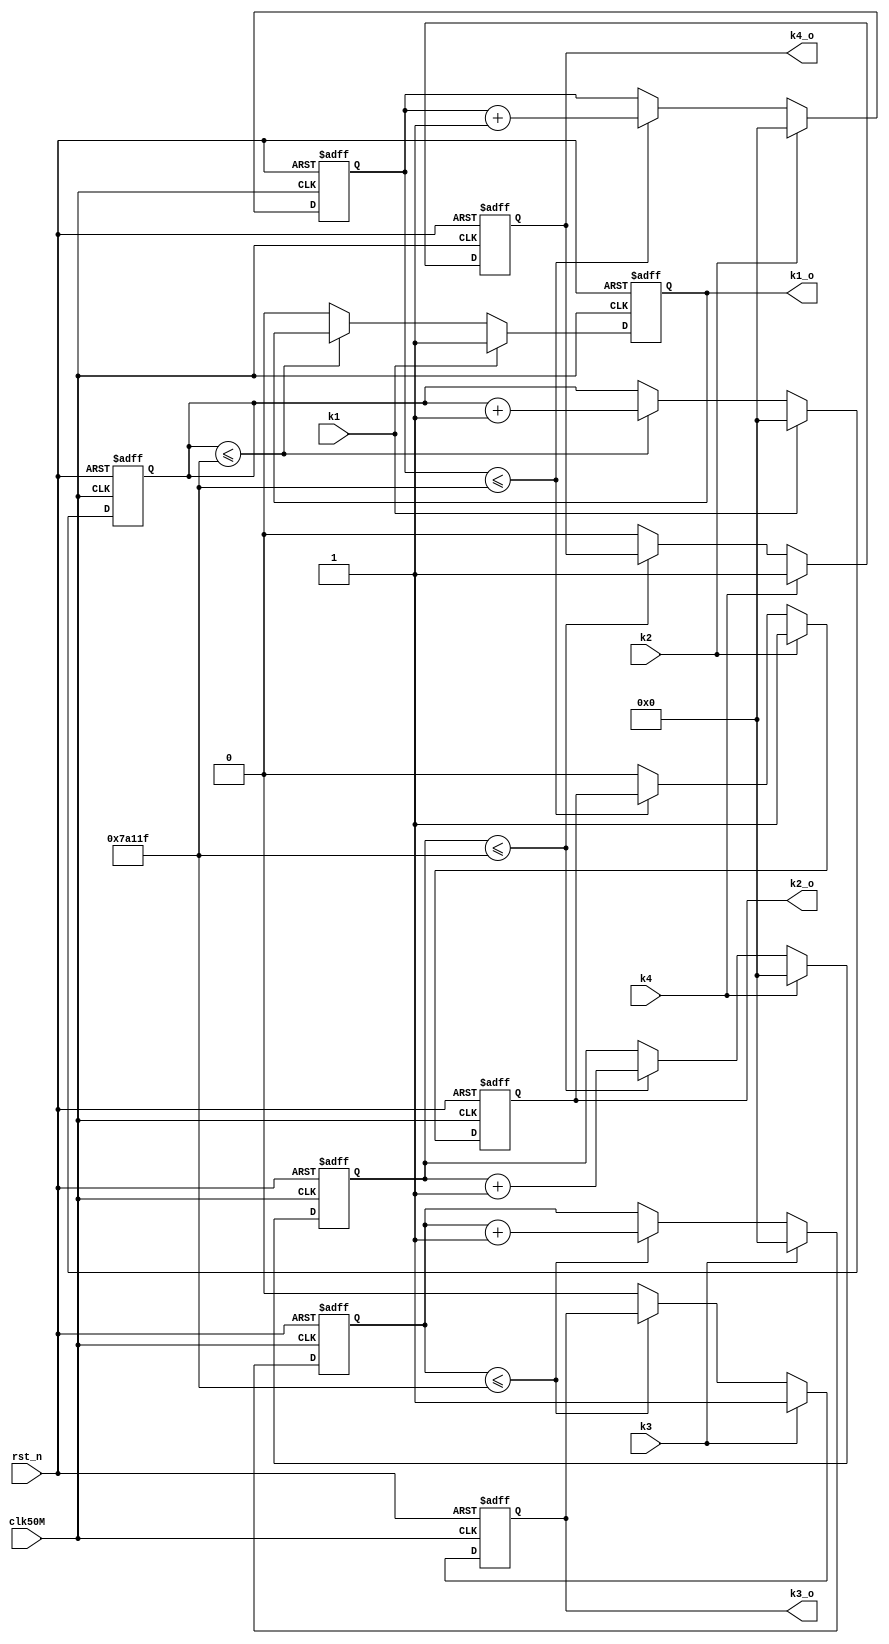
/*
chuchan u_chuchan_0(
       .clk50M(),
		 .rst_n(),
		 .k1(),
		 .k2(),
		 .k3(),
		 .k4(),
		 .k1_o(),
		 .k2_o(),
		 .k3_o(),
		 .k4_o()
		 );
*/

module chuchan(clk50M,rst_n,k1,k2,k3,k4,k1_o,k2_o,k3_o,k4_o);
input clk50M,rst_n,k1,k2,k3,k4;
output k1_o,k2_o,k3_o,k4_o;
reg [19:0] cnt1,cnt2,cnt3,cnt4;//debounce counter
reg k1_o_r,k2_o_r,k3_o_r,k4_o_r;
assign k1_o=k1_o_r;
assign k2_o=k2_o_r;
assign k3_o=k3_o_r;
assign k4_o=k4_o_r;
always@(posedge clk50M or negedge rst_n)
begin
if(!rst_n)
begin
cnt1<=20'd0;
cnt2<=20'd0;
cnt3<=20'd0;
cnt4<=20'd0;
k1_o_r<=1'b1;
k2_o_r<=1'b1;
k3_o_r<=1'b1;
k4_o_r<=1'b1;
end
else
begin

if(k1==1'b0)
begin
if(cnt1<=20'd499999)
begin
cnt1<=cnt1+20'd1;
end
else
begin
cnt1<=cnt1;
k1_o_r<=1'b0;
end
end
else
begin
cnt1<=20'd0;
k1_o_r<=1'b1;
end

if(k2==1'b0)
begin
if(cnt2<=20'd499999)
begin
cnt2<=cnt2+20'd1;
end
else
begin
cnt2<=cnt2;
k2_o_r<=1'b0;
end
end
else
begin
cnt2<=20'd0;
k2_o_r<=1'b1;
end

if(k3==1'b0)
begin
if(cnt3<=20'd499999)
begin
cnt3<=cnt3+20'd1;
end
else
begin
cnt3<=cnt3;
k3_o_r<=1'b0;
end
end
else
begin
cnt3<=20'd0;
k3_o_r<=1'b1;
end

if(k4==1'b0)
begin
if(cnt4<=20'd499999)
begin
cnt4<=cnt4+20'd1;
end
else
begin
cnt4<=cnt4;
k4_o_r<=1'b0;
end
end
else
begin
cnt4<=20'd0;
k4_o_r<=1'b1;
end

end
end
endmodule